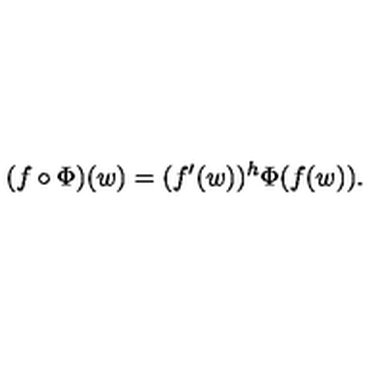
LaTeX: ( f \circ \Phi ) ( w ) = ( f ^ { \prime } ( w ) ) ^ { h } \Phi ( f ( w ) ) .